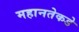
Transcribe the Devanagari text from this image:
महानतेकडे